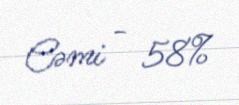
Cəmi - 58%